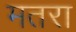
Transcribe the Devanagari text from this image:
मतरा